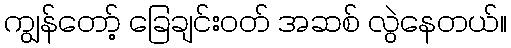
ကျွန်တော့် ခြေချင်းဝတ် အဆစ် လွဲနေတယ်။